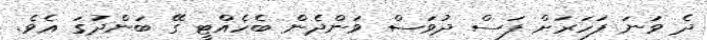
ދެ ވަނަ ފަހަރަށް ފަސް ދުވަސް ވަންދެން ބެހެއްޓީ ގޭ ބަންދުގަ އެވެ.